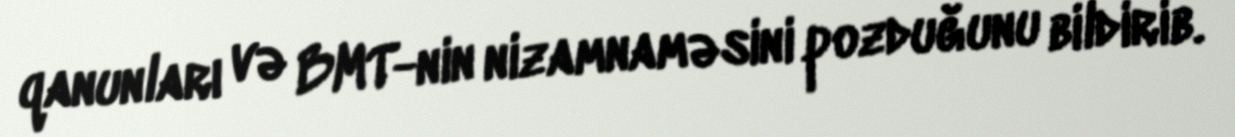
qanunları və BMT-nin nizamnaməsini pozduğunu bildirib.